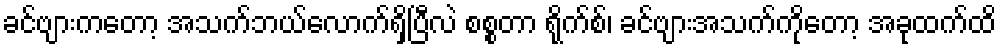
ခင်ဗျားကတော့ အသက်ဘယ်လောက်ရှိပြီလဲ စစ္စတာ ရိုက်စ်၊ ခင်ဗျားအသက်ကိုတော့ အခုထက်ထိ